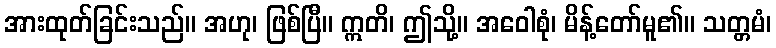
အားထုတ်ခြင်းသည်။ အဟု၊ ဖြစ်ပြီ။ ဣတိ၊ ဤသို့။ အဝေါစုံ၊ မိန့်တော်မူ၏။ သတ္တမံ၊